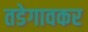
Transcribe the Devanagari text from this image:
तडेगावकर